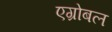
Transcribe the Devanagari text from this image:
एग्रोबल